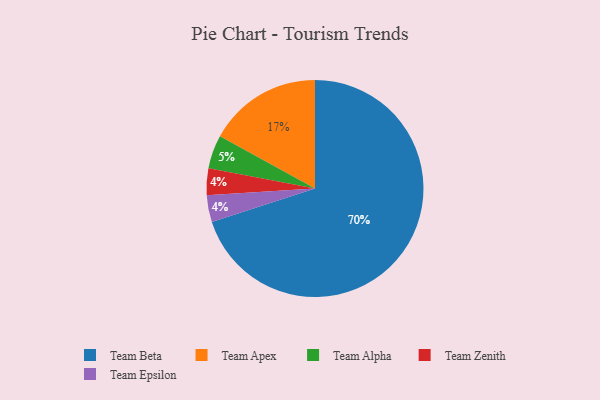
{"axis": {"x": "Category", "y": "Percentage"}, "legend": ["Team Alpha", "Team Apex", "Team Beta", "Team Epsilon", "Team Zenith"], "data": [{"x": "Team Beta", "y": 70, "type": "Team Beta"}, {"x": "Team Zenith", "y": 4, "type": "Team Zenith"}, {"x": "Team Epsilon", "y": 4, "type": "Team Epsilon"}, {"x": "Team Alpha", "y": 5, "type": "Team Alpha"}, {"x": "Team Apex", "y": 17, "type": "Team Apex"}]}